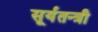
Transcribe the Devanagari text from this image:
सूर्यतन्त्री